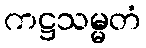
ကဋ္ဌသမ္မတံ